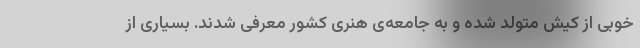
خوبی از کیش متولد شده و به جامعه‌ی هنری کشور معرفی شدند. بسیاری از